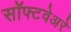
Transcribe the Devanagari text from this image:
सॉफ्टवेअरे